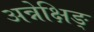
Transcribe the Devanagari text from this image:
अन्नेक्षिङ्